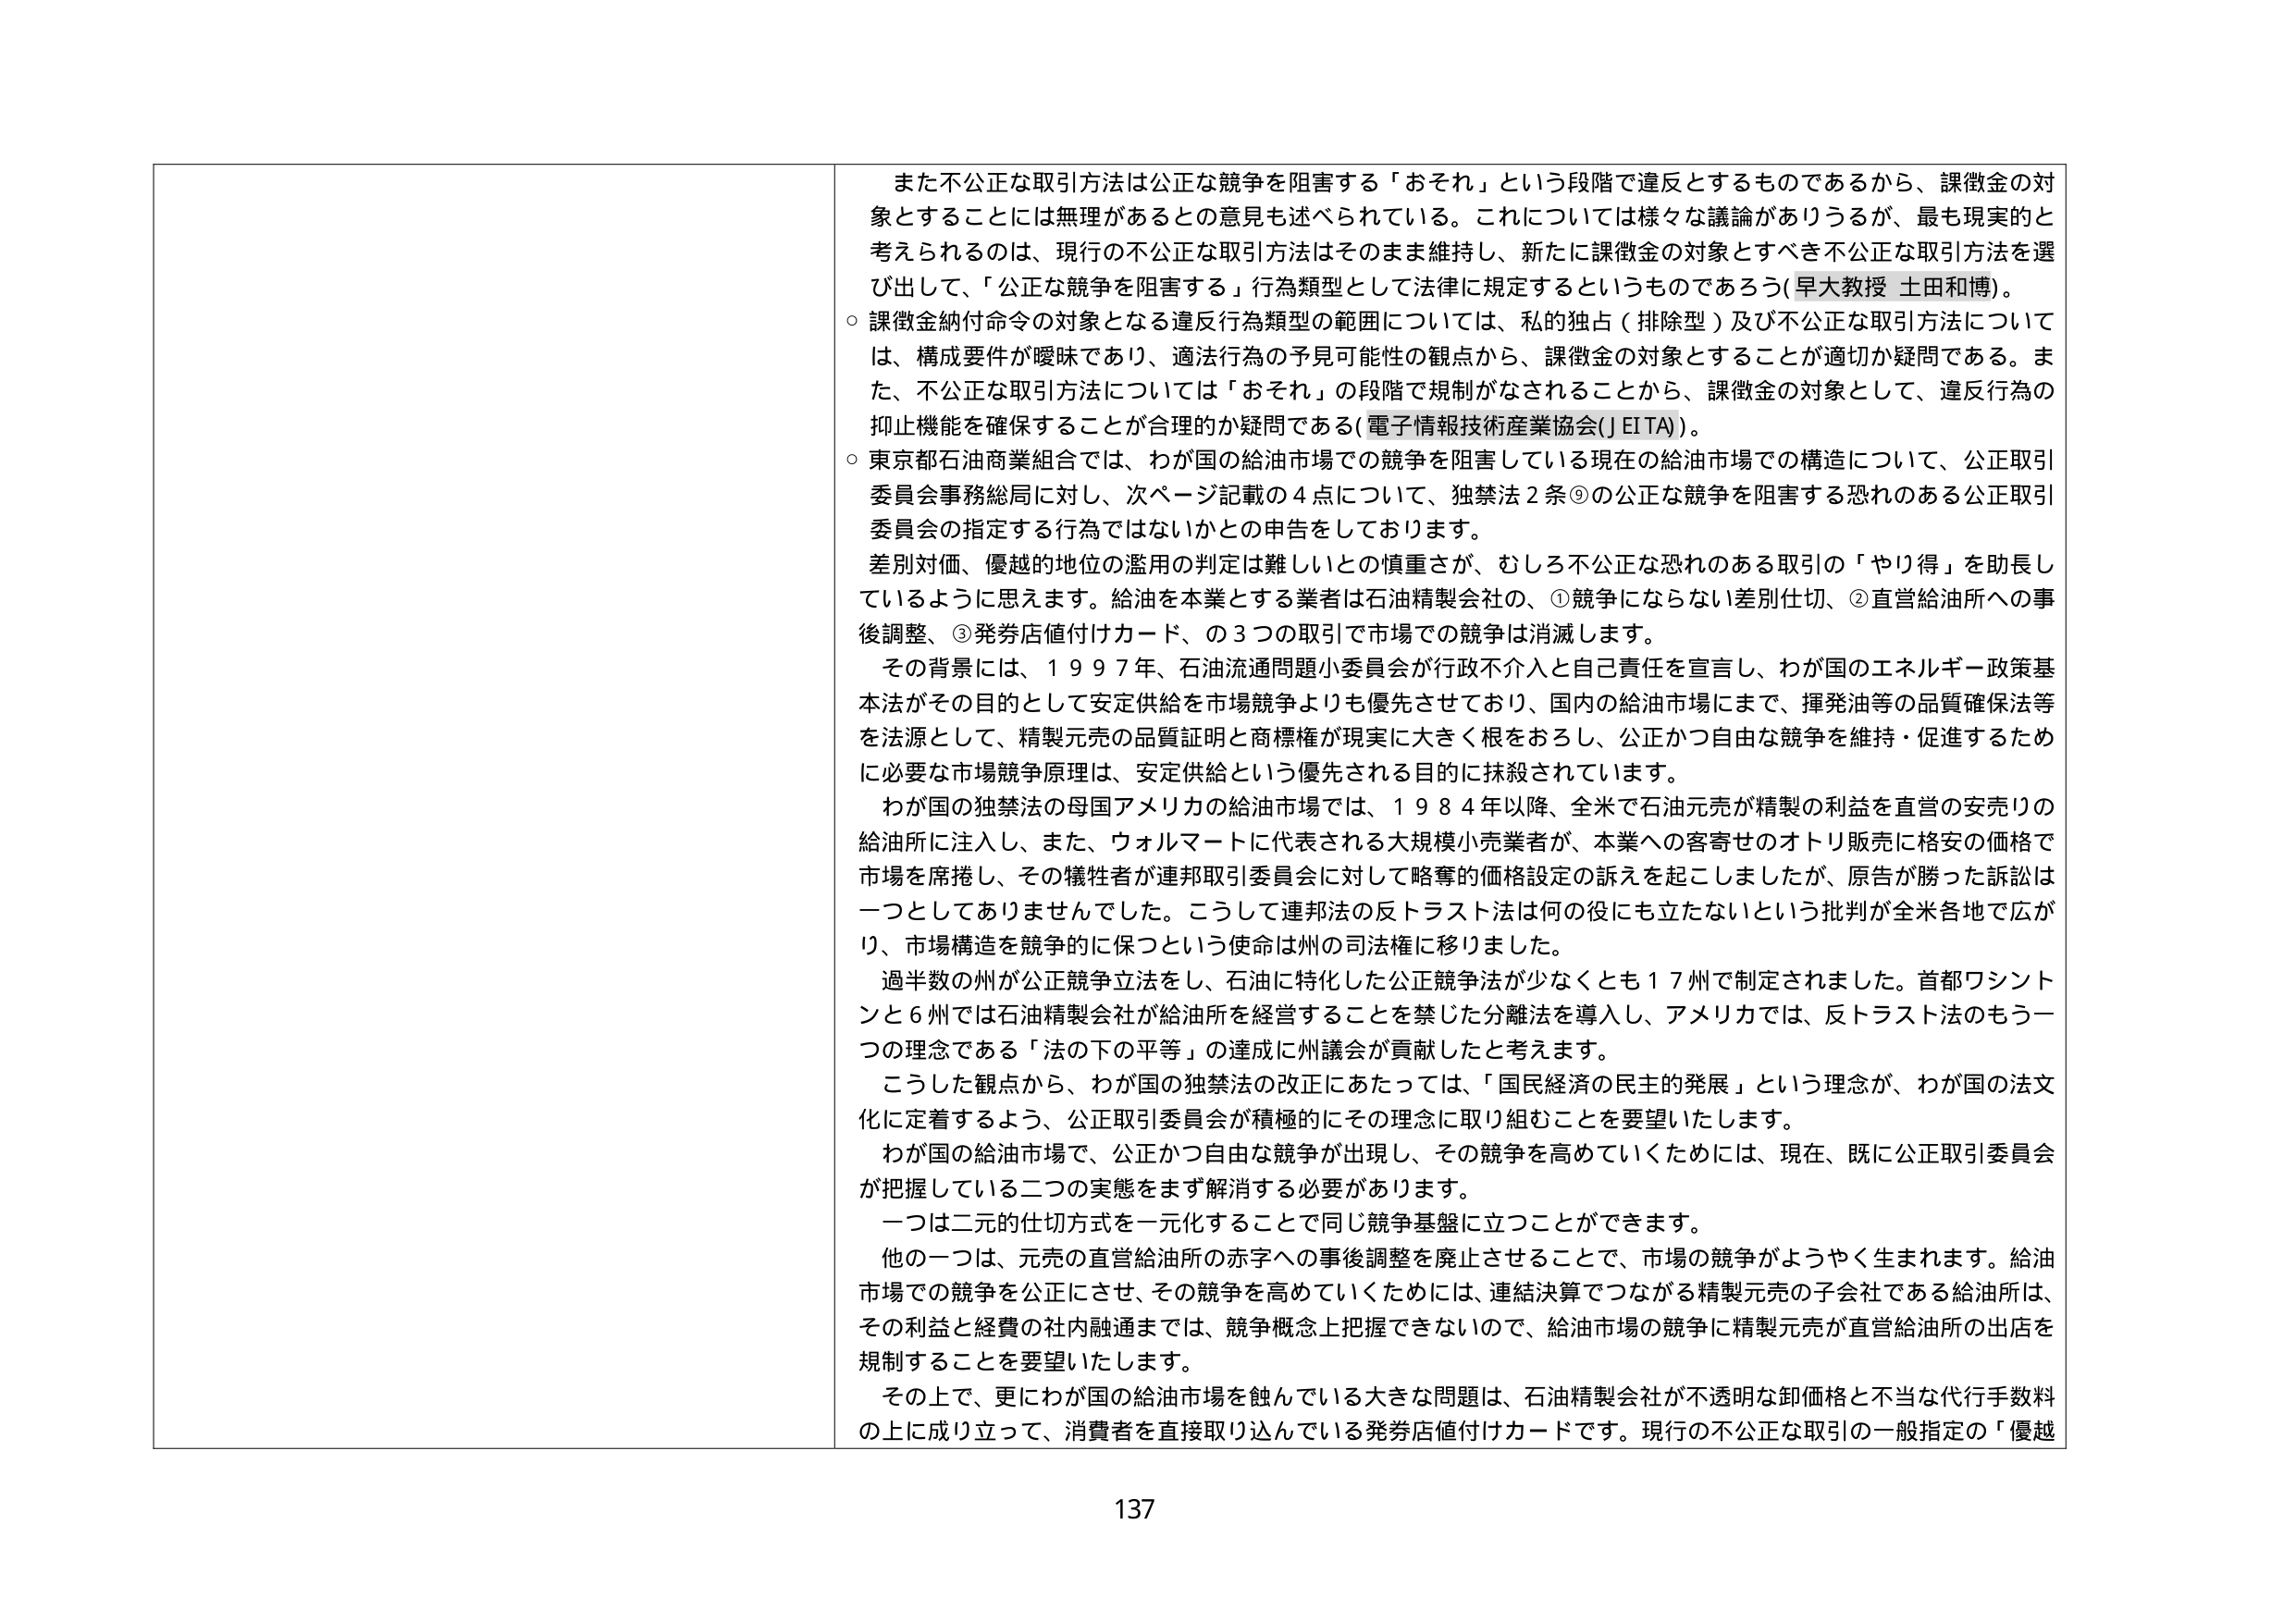
また不公正な取引方法は公正な競争を阻害する「おそれ」という段階で違反とするものであるから、課徴金の対象とすることには無理があるとの意見も述べられている。これについては様々な議論がありうるが、最も現実的と考えられるのは、現行の不公正な取引方法はそのまま維持し、新たに課徴金の対象とすべき不公正な取引方法を選び出して、「公正な競争を阻害する」行為類型として法律に規定するというものであろう（早大教授 土田和博）。

○ 課徴金納付命令の対象となる違反行為類型の範囲については、私的独占（排除型）及び不公正な取引方法については、構成要件が曖昧であり、適法行為の予見可能性の観点から、課徴金の対象とすることが適切か疑問である。また、不公正な取引方法については「おそれ」の段階で規制がなされることから、課徴金の対象として、違反行為の抑止機能を確保することが合理的か疑問である（電子情報技術産業協会（JEITA））。

○ 東京都石油商業組合では、わが国の給油市場での競争を阻害している現在の給油市場での構造について、公正取引委員会事務総局に対し、次ページ記載の４点について、独禁法２条⑨の公正な競争を阻害する恐れのある公正取引委員会の指定する行為ではないかとの申告をしております。

差別対価、優越的地位の濫用の判定は難しいとの慎重さが、むしろ不公正な恐れのある取引の「やり得」を助長しているように思えます。給油を本業とする業者は石油精製会社の、①競争にならない差別仕切、②直営給油所への事後調整、③発券店値付けカード、の３つの取引で市場での競争は消滅します。

その背景には、１９９７年、石油流通問題小委員会が行政不介入と自己責任を宣言し、わが国のエネルギー政策基本法がその目的として安定供給を市場競争よりも優先させており、国内の給油市場にまで、揮発油等の品質確保法等を法源として、精製元売の品質証明と商標権が現実に大きく根をおろし、公正かつ自由な競争を維持・促進するために必要な市場競争原理は、安定供給という優先される目的に抹殺されています。

わが国の独禁法の母国アメリカの給油市場では、１９８４年以降、全米で石油元売が精製の利益を直営の安売りの給油所に注入し、また、ウォルマートに代表される大規模小売業者が、本業への客寄せのオトリ販売に格安の価格で市場を席捲し、その犠牲者が連邦取引委員会に対して略奪的価格設定の訴えを起こしましたが、原告が勝った訴訟は一つとしてありませんでした。こうして連邦法の反トラスト法は何の役にも立たないという批判が全米各地で広がり、市場構造を競争的に保つという使命は州の司法権に移りました。

過半数の州が公正競争立法をし、石油に特化した公正競争法が少なくとも１７州で制定されました。首都ワシントンと６州では石油精製会社が給油所を経営することを禁じた分離法を導入し、アメリカでは、反トラスト法のもう一つの理念である「法の下の平等」の達成に州議会が貢献したと考えます。

こうした観点から、わが国の独禁法の改正にあたっては、「国民経済の民主的発展」という理念が、わが国の法文化に定着するよう、公正取引委員会が積極的にその理念に取り組むことを要望いたします。

わが国の給油市場で、公正かつ自由な競争が出現し、その競争を高めていくためには、現在、既に公正取引委員会が把握している二つの実態をまず解消する必要があります。

一つは二元的仕切方式を一元化することで同じ競争基盤に立つことができます。

他の一つは、元売の直営給油所の赤字への事後調整を廃止させることで、市場の競争がようやく生まれます。給油市場での競争を公正にさせ、その競争を高めていくためには、連結決算でつながる精製元売の子会社である給油所は、その利益と経費の社内融通までは、競争概念上把握できないので、給油市場の競争に精製元売が直営給油所の出店を規制することを要望いたします。

その上で、更にわが国の給油市場を蝕んでいる大きな問題は、石油精製会社が不透明な卸価格と不当な代行手数料の上に成り立って、消費者を直接取り込んでいる発券店値付けカードです。現行の不公正な取引の一般指定の「優越

137